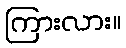
ကြားလား။